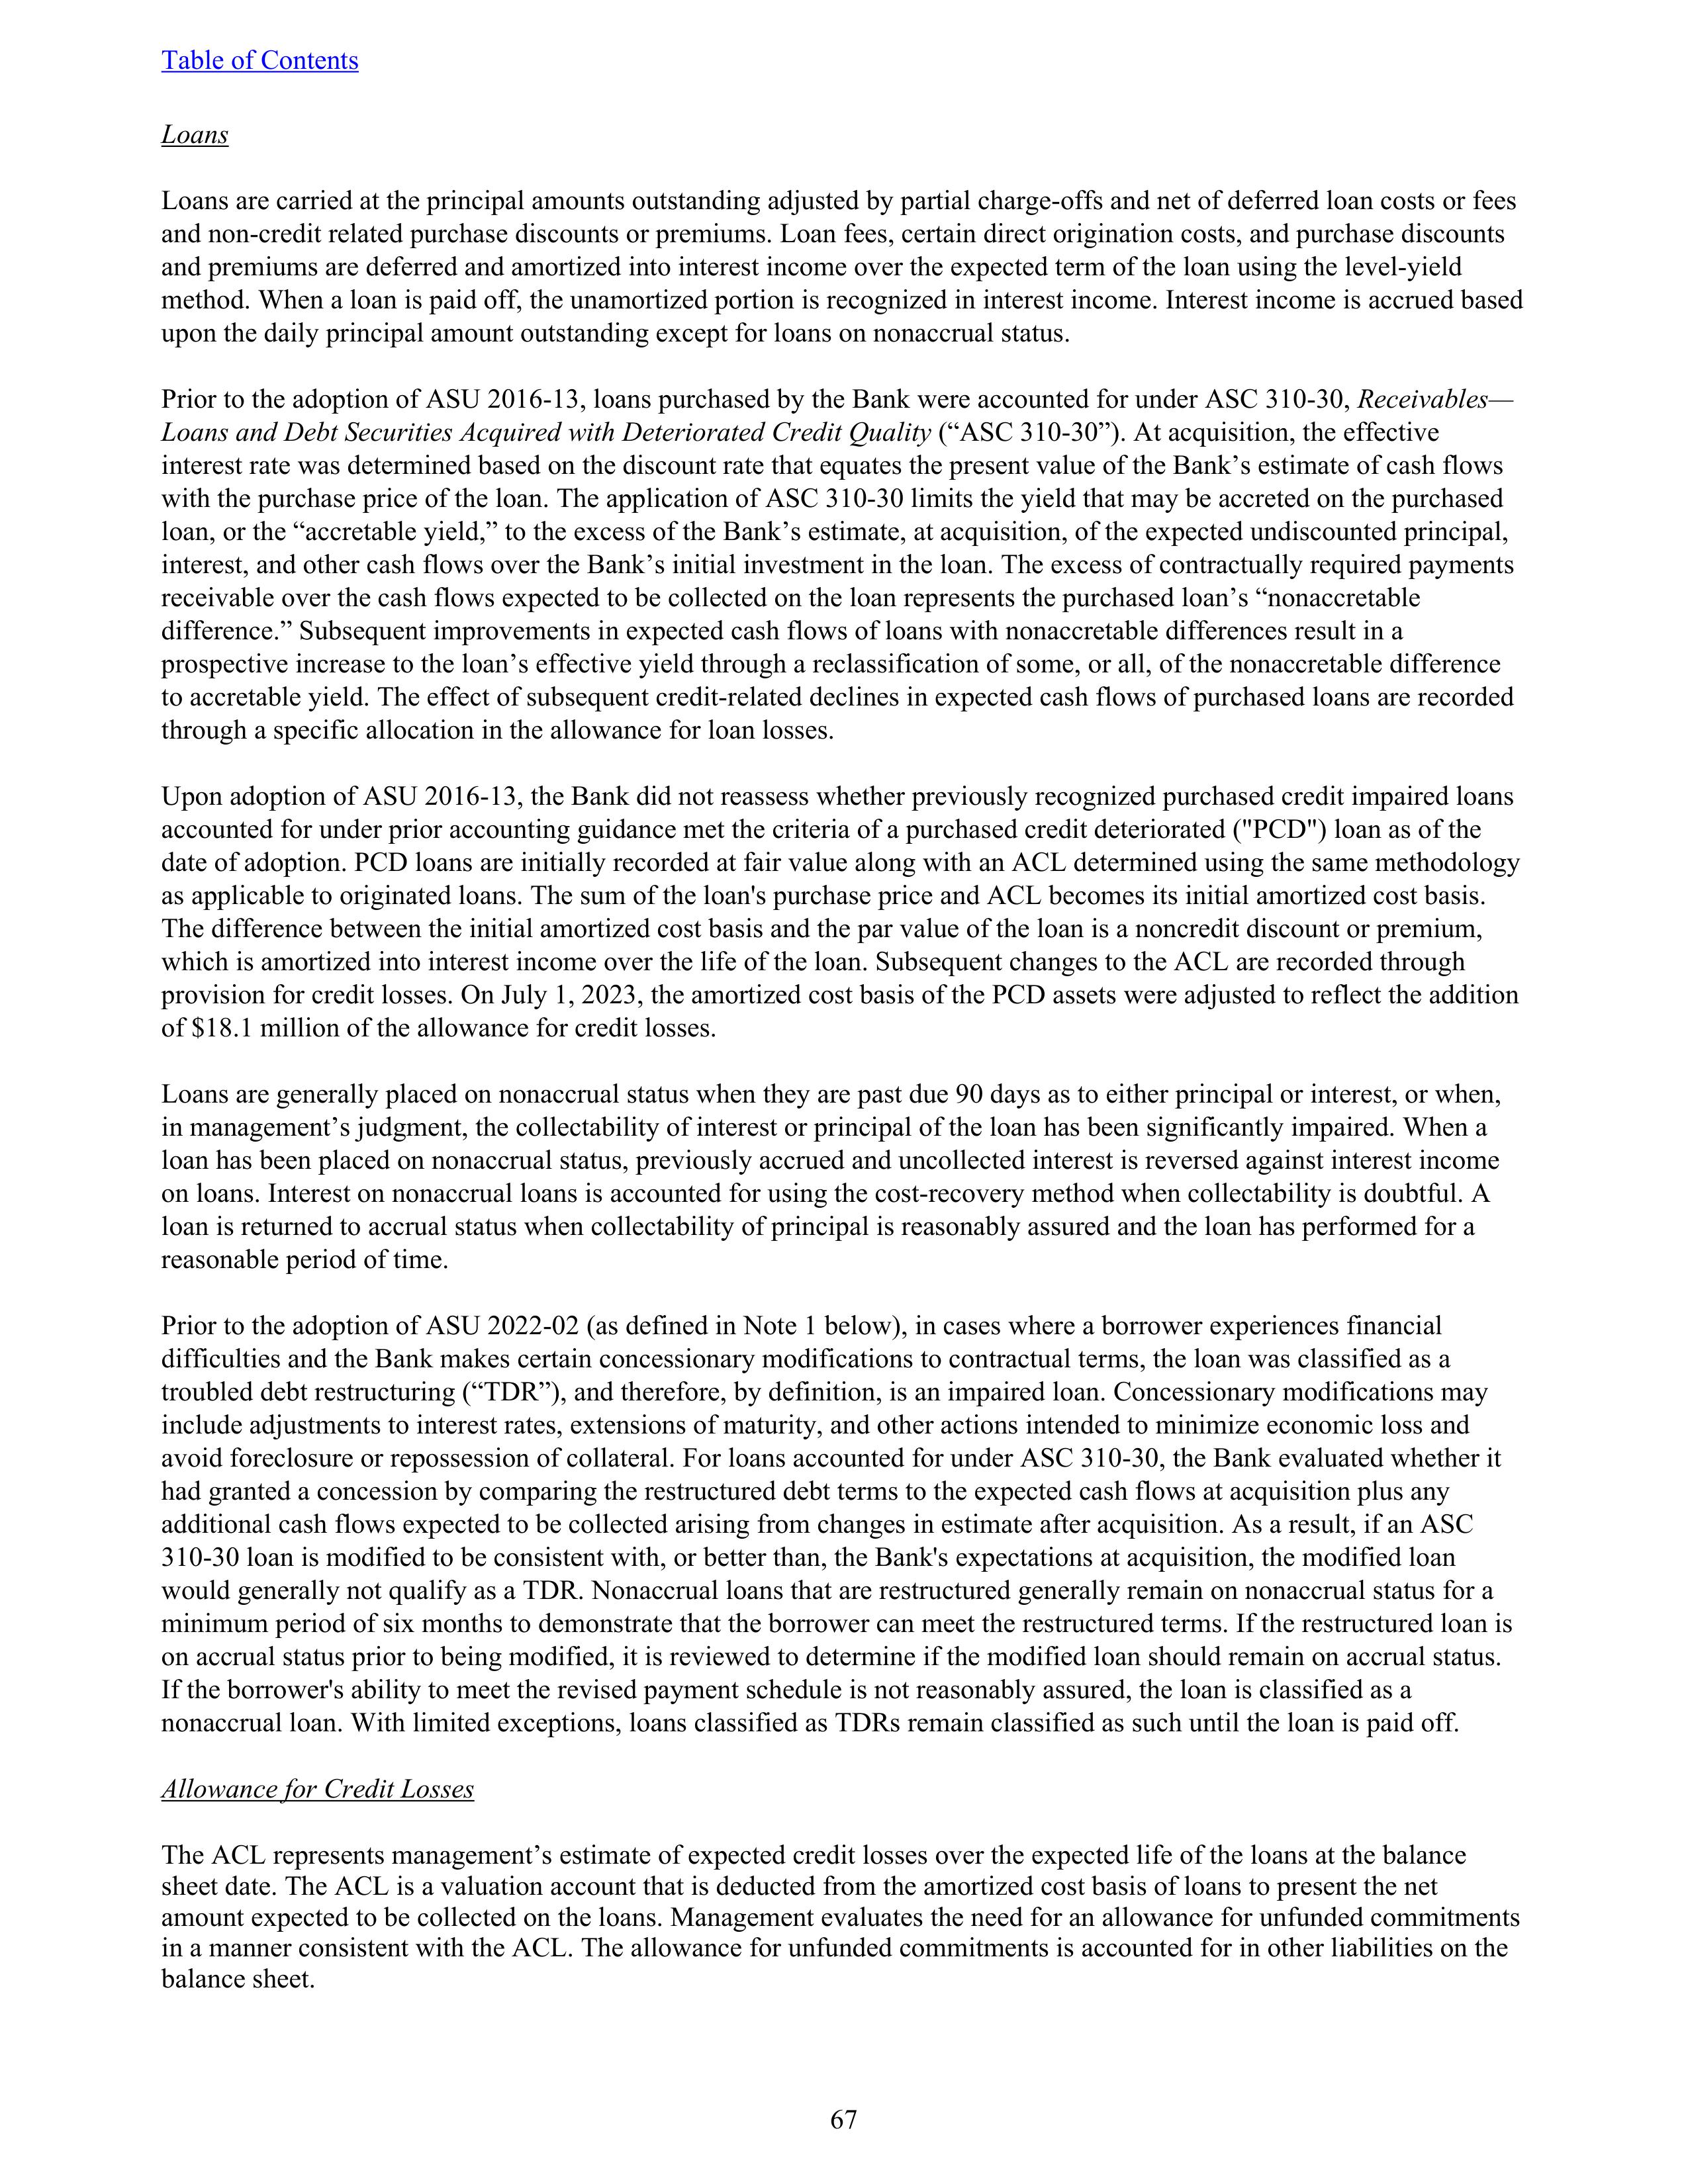
Table of Contents

Loans

Loans are carried at the principal amounts outstanding adjusted by partial charge-offs and net of deferred loan costs or fees
and non-credit related purchase discounts or premiums. Loan fees, certain direct origination costs, and purchase discounts
and premiums are deferred and amortized into interest income over the expected term of the loan using the level-yield
method. When a loan is paid off, the unamortized portion is recognized in interest income. Interest income is accrued based
upon the daily principal amount outstanding except for loans on nonaccrual status.

Prior to the adoption of ASU 2016-13, loans purchased by the Bank were accounted for under ASC 310-30, Receivables—
Loans and Debt Securities Acquired with Deteriorated Credit Quality (“ASC 310-30”). At acquisition, the effective
interest rate was determined based on the discount rate that equates the present value of the Bank’s estimate of cash flows
with the purchase price of the loan. The application of ASC 310-30 limits the yield that may be accreted on the purchased
loan, or the “accretable yield,” to the excess of the Bank’s estimate, at acquisition, of the expected undiscounted principal,
interest, and other cash flows over the Bank’s initial investment in the loan. The excess of contractually required payments
receivable over the cash flows expected to be collected on the loan represents the purchased loan’s “nonaccretable
difference.” Subsequent improvements in expected cash flows of loans with nonaccretable differences result in a
prospective increase to the loan’s effective yield through a reclassification of some, or all, of the nonaccretable difference
to accretable yield. The effect of subsequent credit-related declines in expected cash flows of purchased loans are recorded
through a specific allowance in the allowance for loan losses.

Upon adoption of ASU 2016-13, the Bank did not reassess whether previously recognized purchased credit impaired loans
accounted for under prior accounting guidance met the criteria of a purchased credit deteriorated (“PCD”) loan as of the
date of adoption. PCD loans are initially recorded at fair value along with an ACL determined using the same methodology
as applicable to originated loans. The sum of a loan’s purchase price and ACL becomes its initial amortized cost basis.
The difference between the initial amortized cost basis and the par value of the loan is a noncredit discount or premium,
which is amortized into interest income over the life of the loan. Subsequent changes to the ACL are recorded through
provision for credit losses. On July 1, 2023, the amortized cost basis of the PCD assets were adjusted to reflect the addition
of $18.1 million of the allowance for credit losses.

Loans are generally placed on nonaccrual status when they are past due 90 days as to either principal or interest, or when,
in management’s judgment, the collectability of interest or principal of the loan has been significantly impaired. When a
loan has been placed on nonaccrual status, previously accrued and uncollected interest is reversed against interest income
on loans. Interest on nonaccrual loans is accounted for using the cost-recovery method when collectability is doubtful. A
loan is returned to accrual status when collectability of principal is reasonably assured and the loan has performed for a
reasonable period of time.

Prior to the adoption of ASU 2022-02 (as defined in Note 1 below), in cases where a borrower experiences financial
difficulties and the Bank makes certain concessionary modifications to contractual terms, the loan was classified as a
troubled debt restructuring (“TDR”), and therefore, by definition, is an impaired loan. Concessionary modifications may
include adjustments to interest rates, extensions of maturity, and other actions intended to minimize economic loss and
avoid foreclosure or repossession of collateral. For loans accounted for under ASC 310-30, the Bank evaluated whether it
had granted a concession by comparing the restructured debt terms to the expected cash flows at acquisition plus any
additional cash flows expected to be collected arising from changes in estimate after acquisition. As a result, if an ASC
310-30 loan is modified to be consistent with, or better than, the Bank’s expectations at acquisition, the modified loan
would generally not qualify as a TDR. Nonaccrual loans that are restructured generally remain on nonaccrual status for a
minimum period of six months to demonstrate that the borrower can meet the restructured terms. If the restructured loan is
on accrual status prior to being modified, it is reviewed to determine if the modified loan should remain on accrual status.
If the borrower’s ability to meet the revised payment schedule is not reasonably assured, the loan is classified as a
nonaccrual loan. With limited exceptions, loans classified as TDRs remain classified as such until the loan is paid off.

Allowance for Credit Losses

The ACL represents management’s estimate of expected credit losses over the expected life of the loans at the balance
sheet date. The ACL is a valuation account that is deducted from the amortized cost basis of loans to present the net
amount expected to be collected on the loans. Management evaluates the need for an allowance for unfunded commitments
in a manner consistent with the ACL. The allowance for unfunded commitments is accounted for in other liabilities on the
balance sheet.

67